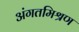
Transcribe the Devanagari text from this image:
अंगतमिश्रण